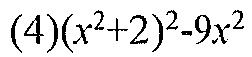
(4)$(x^{2}+2)^{2}-9x^{2}$